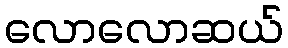
လောလောဆယ်